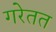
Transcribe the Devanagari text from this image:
गरेतत